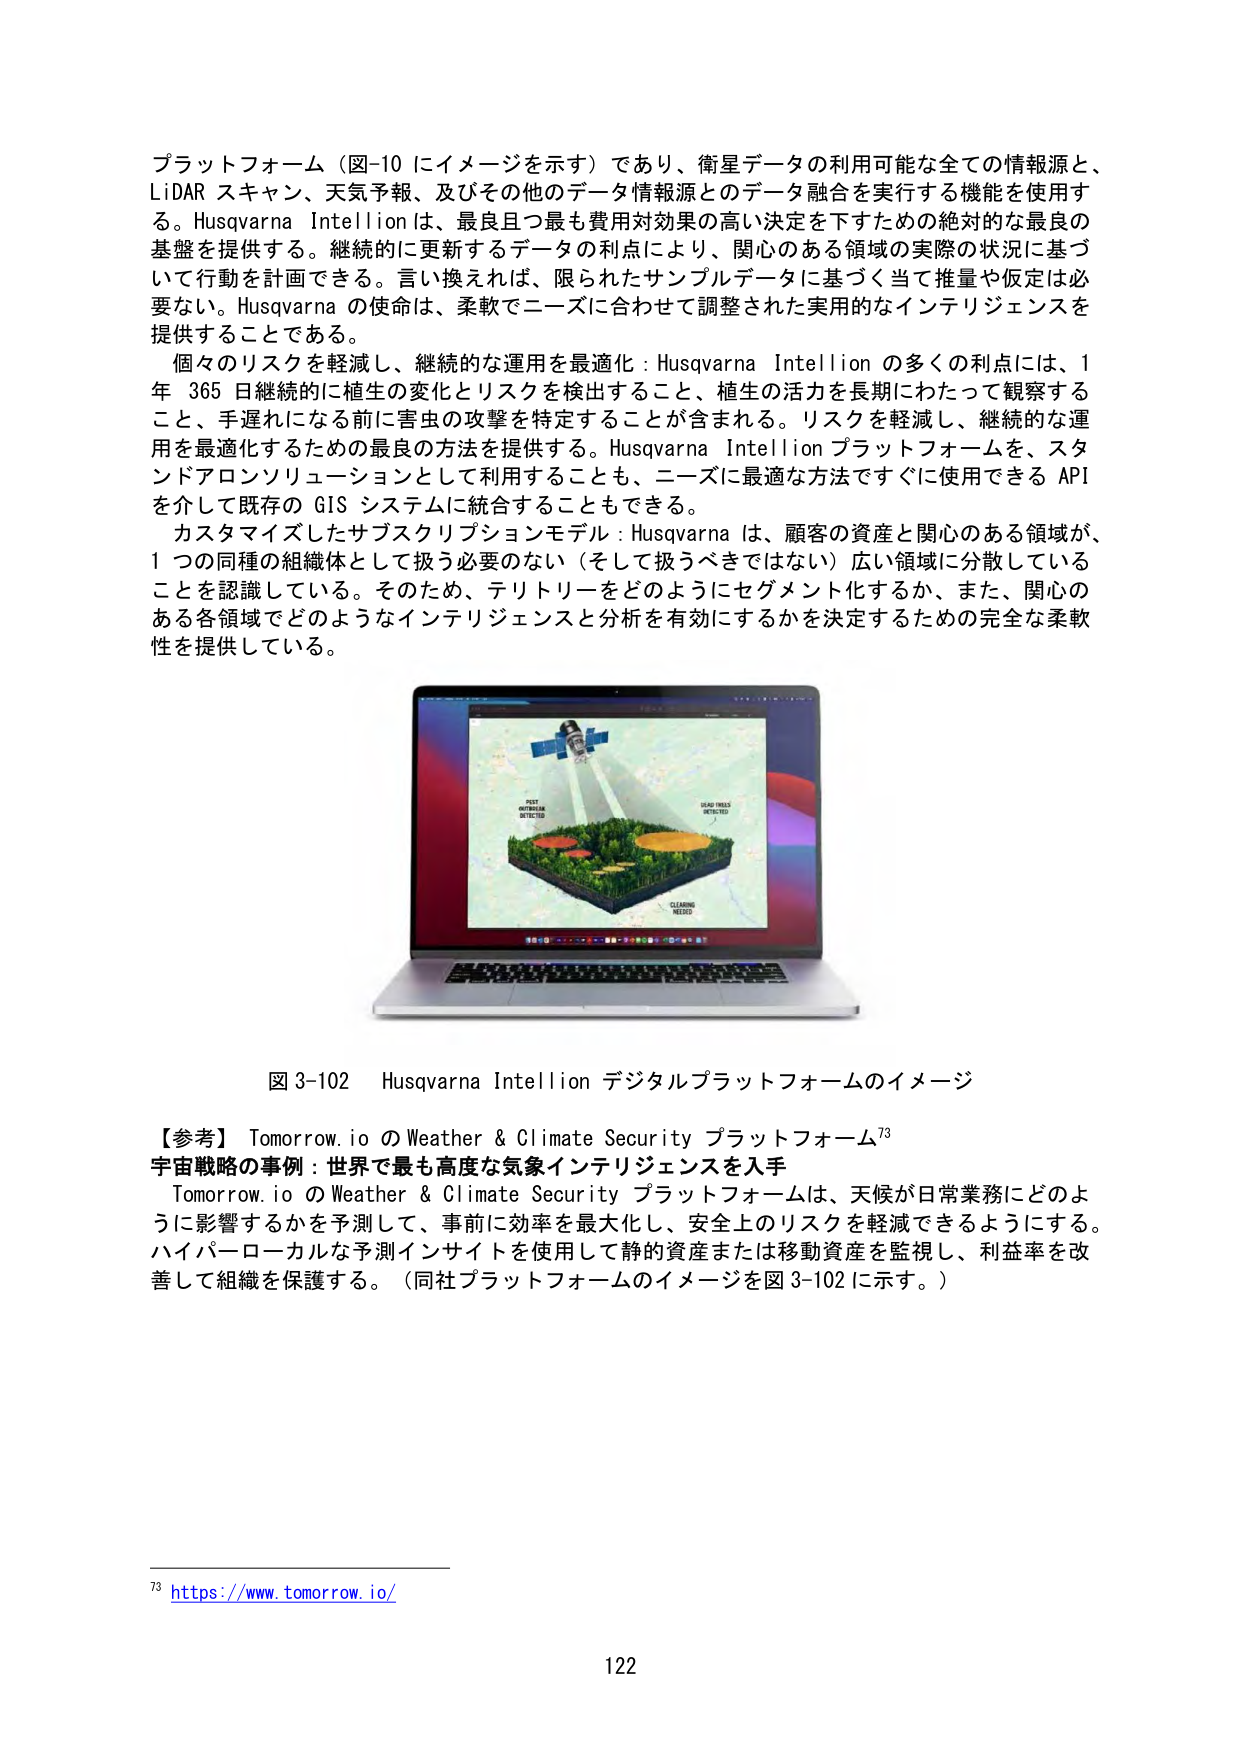
プラットフォーム（図-10 にイメージを示す）であり、衛星データの利用可能な全ての情報源と、LiDAR スキャン、天気予報、及びその他のデータ情報源とのデータ融合を実行する機能を使用する。Husqvarna Intellion は、最良且つ最も費用対効果の高い決定を下すための絶対的な最良の基盤を提供する。継続的に更新するデータの利点により、関心のある領域の実際の状況に基づいて行動を計画できる。言い換えれば、限られたサンプルデータに基づく当て推量や仮定は必要ない。Husqvarna の使命は、柔軟でニーズに合わせて調整された実用的なインテリジェンスを提供することである。

個々のリスクを軽減し、継続的な運用を最適化：Husqvarna Intellion の多くの利点には、1年 365 日継続的に植生の変化とリスクを検出すること、植生の活力を長期にわたって観察すること、手遅れになる前に害虫の攻撃を特定することが含まれる。リスクを軽減し、継続的な運用を最適化するための最良の方法を提供する。Husqvarna Intellion プラットフォームを、スタンドアロンソリューションとして利用することも、ニーズに最適な方法ですぐに使用できる API を介して既存の GIS システムに統合することもできる。

カスタマイズしたサブスクリプションモデル：Husqvarna は、顧客の資産と関心のある領域が、1 つの同種の組織体として扱う必要のない（そして扱うべきではない）広い領域に分散していることを認識している。そのため、テリトリーをどのようにセグメント化するか、また、関心のある各領域でどのようなインテリジェンスと分析を有効にするかを決定するための完全な柔軟性を提供している。

図 3-102 Husqvarna Intellion デジタルプラットフォームのイメージ

【参考】Tomorrow.io の Weather & Climate Security プラットフォーム⁷³
宇宙戦略の事例：世界で最も高度な気象インテリジェンスを入手
Tomorrow.io の Weather & Climate Security プラットフォームは、天候が日常業務にどのように影響するかを予測して、事前に効率を最大化し、安全上のリスクを軽減できるようにする。ハイパーローカルな予測インサイトを使用して静的資産または移動資産を監視し、利益率を改善して組織を保護する。（同社プラットフォームのイメージを図 3-102 に示す。）

⁷³ https://www.tomorrow.io/

122